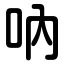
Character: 吶